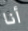
أنا